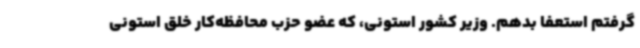
گرفتم استعفا بدهم. وزیر کشور استونی، که عضو حزب محافظه‌کار خلق استونی